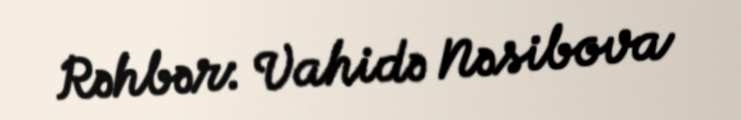
Rəhbər: Vahidə Nəsibova